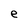
Character: e